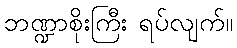
ဘဏ္ဍာစိုးကြီး ရပ်လျက်။